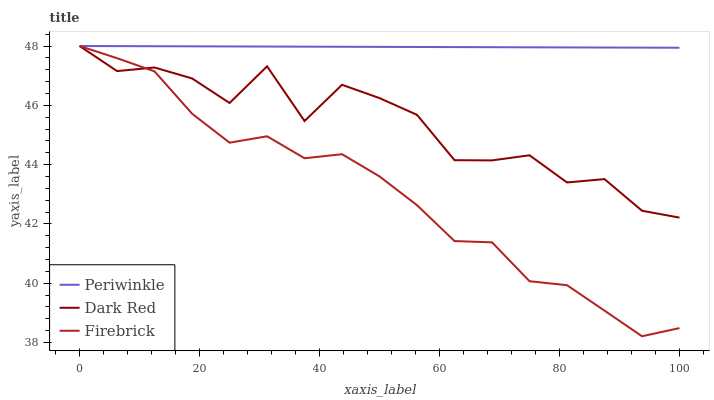
| xaxis_label | Periwinkle | Dark Red | Firebrick |
 | --- | --- | --- | --- |
 | 0 | 48 | 48 | 48 |
 | 6.25 | 48 | 47.2 | 47.6 |
 | 12.5 | 48 | 47.3 | 47.1 |
 | 18.8 | 48 | 46.9 | 45.7 |
 | 25 | 48 | 46.1 | 44.7 |
 | 31.2 | 48 | 47.3 | 45 |
 | 37.5 | 48 | 45.5 | 44.2 |
 | 43.8 | 48 | 46.7 | 44.4 |
 | 50 | 48 | 46.2 | 43.6 |
 | 56.2 | 48 | 45.7 | 42.6 |
 | 62.5 | 48 | 44.1 | 41.4 |
 | 68.8 | 48 | 44.1 | 41.4 |
 | 75 | 48 | 44.3 | 40.1 |
 | 81.2 | 48 | 43.4 | 39.9 |
 | 87.5 | 47.9 | 43.5 | 39.1 |
 | 93.8 | 47.9 | 42.4 | 38.2 |
 | 100 | 47.9 | 42.2 | 38.5 |